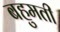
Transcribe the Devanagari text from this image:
बहुमती